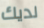
لديك